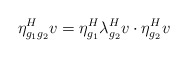
\begin{align*}\eta^H_{g_1g_2}v = \eta^H_{g_1}\lambda^H_{g_2}v \cdot \eta^H_{g_2}v\end{align*}